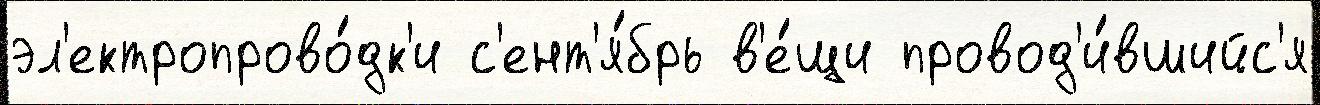
эл'ектропрово́дк'и с'ент'я́брь в'е́щи провод'и́вшийс'я